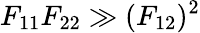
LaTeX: F_{11}F_{22}\gg(F_{12})^{2}